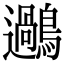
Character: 𪆹